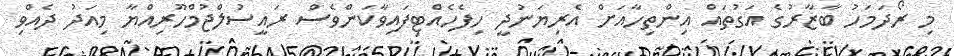
މި ރޯދަމަހު ބާޒާރުގެ އަގުތައް އިންތިހާއަށް އެރިޔަނުދީ ހިފެހެއްޓިފައިވާކަންވެސް ރައީސުލްޖުމްހޫރިއްޔާ މިއަދު ދެއްވި